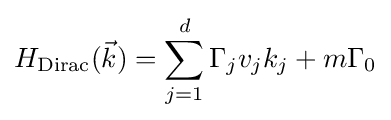
H_{\text{Dirac}}({\vec {k}})=\sum _{j=1}^{d}\Gamma _{j}v_{j}k_{j}+m\Gamma _{0}